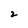
Character: 2